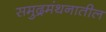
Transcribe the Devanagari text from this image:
समुद्रमंथनातील